Indian journal of veterinary science and animal husbandry - Volume 11,
Year: 1941
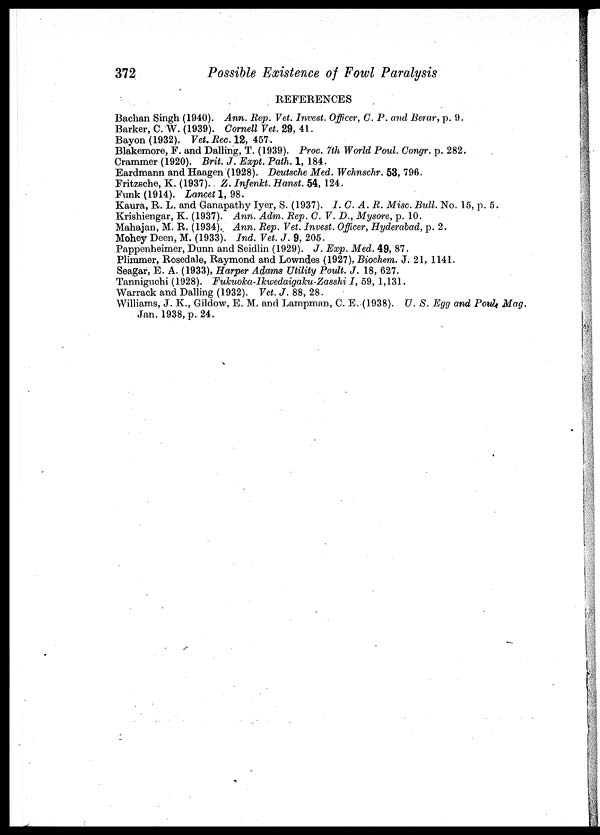
372
Possible Existence of Fowl Paralysis
REFERENCES
Bachan Singh (1940). Ann. Rep. Vet. Invest. Officer, C. P. and Berar, p. 9.
Barker, C. W. (1939). Cornell Vet. 29, 41.
Bayon(1932). Vet. Rec. 12, 457.
Blakemore, F. and Dalling, T. (1939). Proc. 7th World Poul. Congr. p. 282.
Crammer (1920). Brit. J. Expt. Path. 1, 184.
Eardmann and Haagen (1928). Deutsche Med. Wchnschr. 53, 796.
Fritzsche, K. (1937). Z. Infenkt. Hanst. 54, 124.
Funk (1914). Lancet 1, 98.
Kaura, R. L. and Ganapathy Iyer, S. (1937). I. C. A. R. Misc. Bull. No. 15, p. 5.
Krishiengar, K. (1937). Ann. Adm. Rep. C. V. D., Mysore, p. 10.
Mahajan, M. R. (1934). Ann. Rep. Vet. Invest. Officer, Hyderabad, p. 2.
Mohey Deen, M. (1933). Ind. Vet. J. 9, 205.
Pappenheimer, Dunn and Seidlin (1929). J. Exp. Med. 49, 87.
Plimmer, Rosedale, Raymond and Lowndes (1927), Biochem. J. 21, 1141.
Seagar, E. A. (1933), Harper Adams Utility Poult. J. 18, 627.
Tanniguchi (1928). Fukuoka-Ikwedaigaku-Zasshi
I, 59, 1,131.
Warrack and Dalling (1932). Vet. J. 88, 28.
Williams, J. K., Gildow, E. M. and Lampman, C. E. (1938). U. S. Egg and Poul Mag.
Jan. 1938, p. 24.